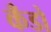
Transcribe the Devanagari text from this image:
कँडो